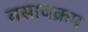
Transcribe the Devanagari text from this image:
बसावक्रम